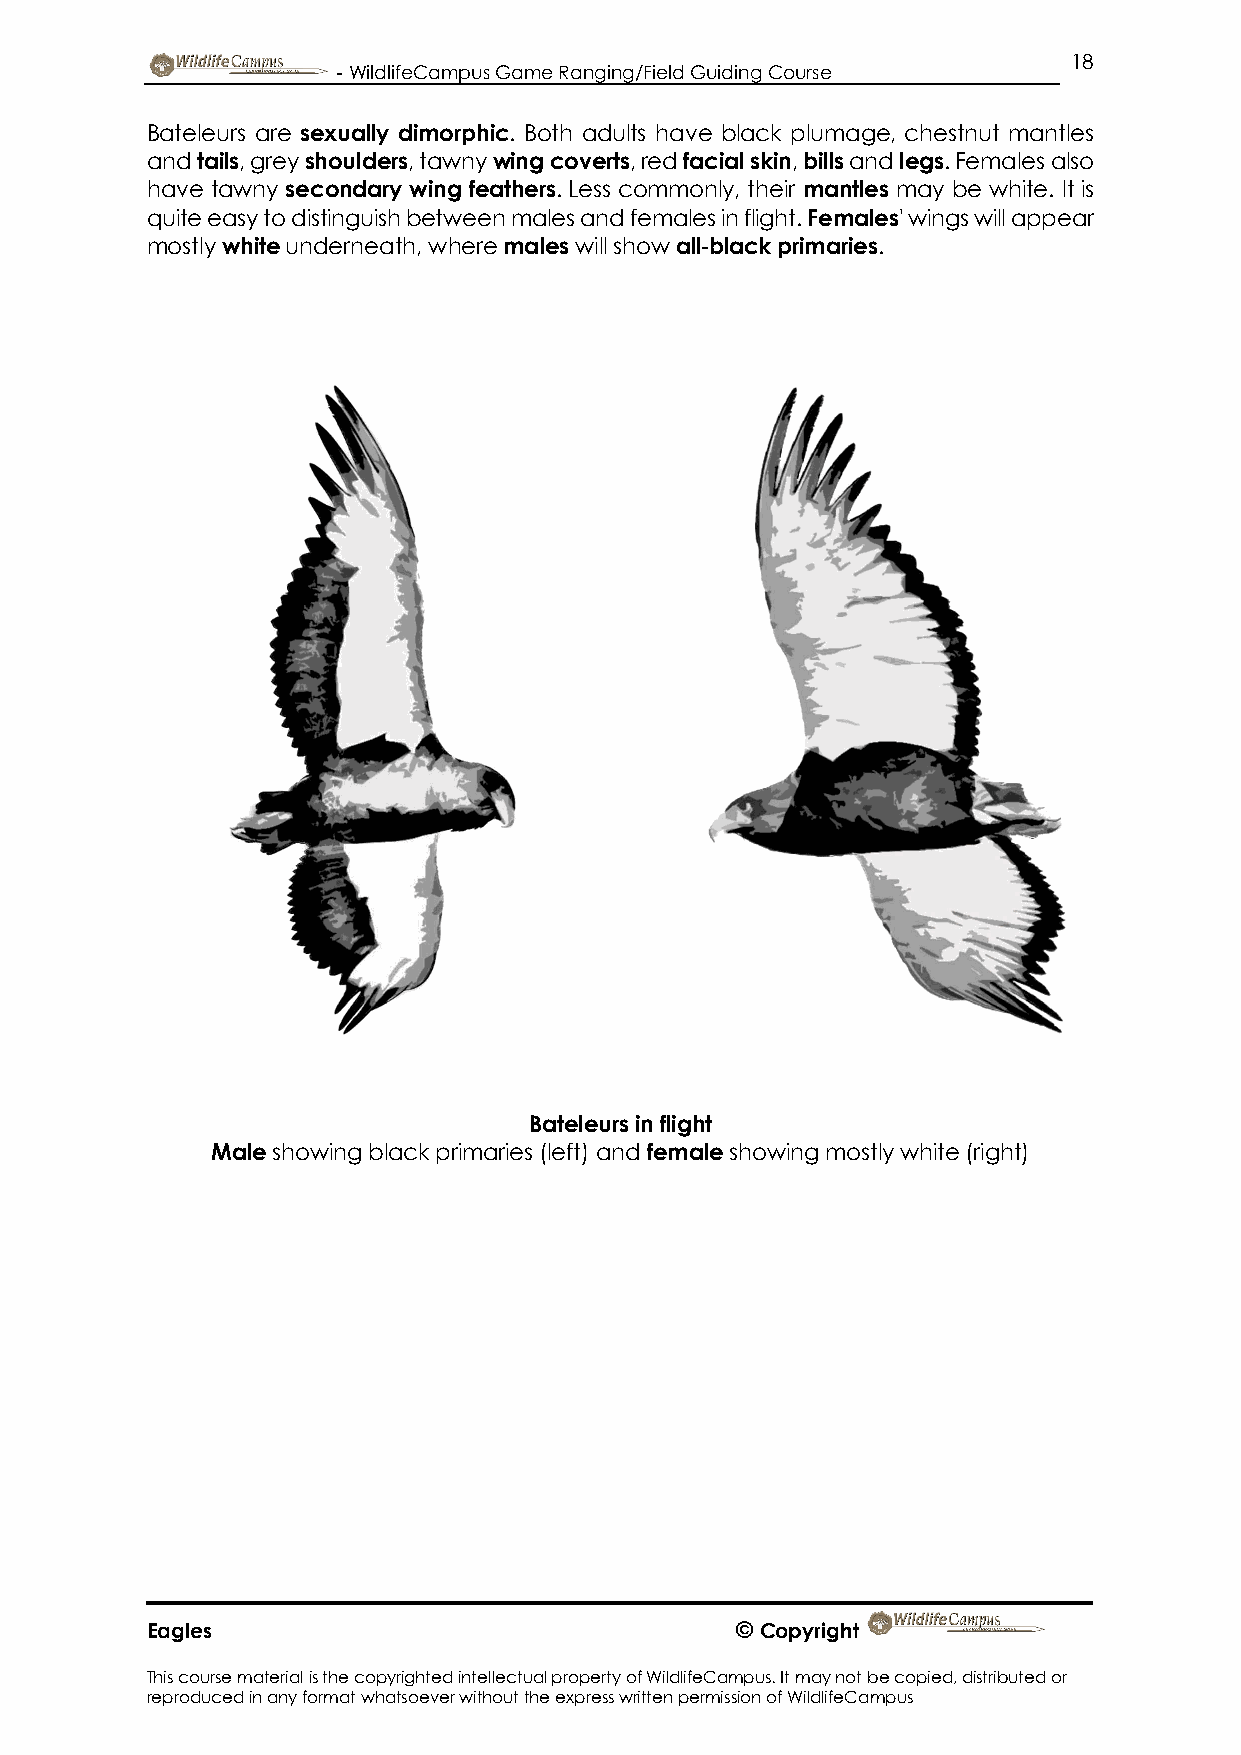
18
 - WildlifeCampus Game Ranging/Field Guiding Course
 Bateleurs are sexually dimorphic. Both adults have black plumage, chestnut mantles
 and tails, grey shoulders, tawny wing coverts, red facial skin, bills and legs. Females also
 have tawny secondary wing feathers. Less commonly, their mantles may be white. It is
 quite easy to distinguish between males and females in flight. Females' wings will appear
 mostly white underneath, where males will show all-black primaries.
 Bateleurs in flight
 Male showing black primaries (left) and female showing mostly white (right)
 Eagles                                 © Copyright
 This course material is the copyrighted intellectual property of WildlifeCampus. It may not be copied, distributed or
 reproduced in any format whatsoever without the express written permission of WildlifeCampus